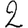
Digit: 2